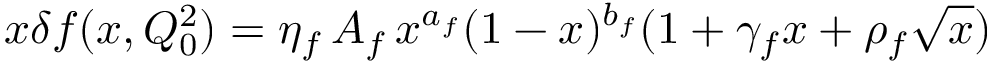
x \delta f ( x , Q _ { 0 } ^ { 2 } ) = \eta _ { f } \, A _ { f } \, x ^ { a _ { f } } ( 1 - x ) ^ { b _ { f } } ( 1 + \gamma _ { f } x + \rho _ { f } \sqrt { x } ) \hspace { \fill }